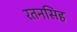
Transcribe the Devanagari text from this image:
रतनसिह